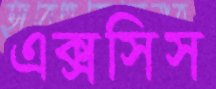
এক্সসিস